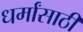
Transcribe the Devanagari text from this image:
धर्मांसाठी